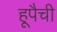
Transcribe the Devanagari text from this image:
हूपैची